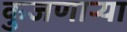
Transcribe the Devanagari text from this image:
कुजणाऱ्या